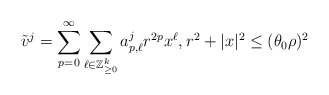
\begin{align*}\tilde{v}^{j} = \sum_{p=0}^{\infty} \sum_{\ell \in \mathbb{Z}_{\geq 0}^{k}} a^j_{p,\ell} r^{2p}x^{\ell}, r^2+|x|^2 \leq (\theta_0\rho)^2\end{align*}